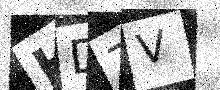
Text: HDZV